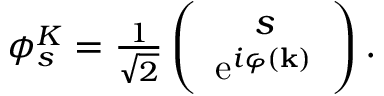
\begin{array} { r } { \phi _ { s } ^ { K } = \frac { 1 } { \sqrt { 2 } } \left( \begin{array} { c } { s } \\ { \mathrm { e } ^ { i \varphi ( \mathbf { k } ) } } \end{array} \right) . } \end{array}